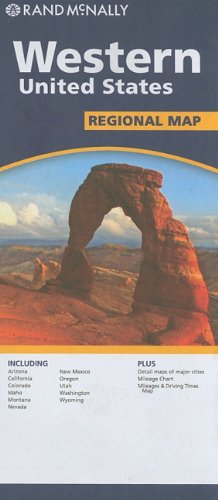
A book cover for Rand McNally Western United States Regional Map; Rand McNally; Reference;